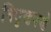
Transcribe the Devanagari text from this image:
निघृणपणे